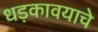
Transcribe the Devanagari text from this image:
धड़कावयाचे